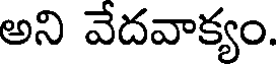
అని వేదవాక్యం.